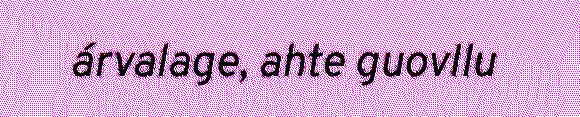
árvalage, ahte guovllu